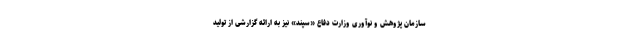
سازمان پژوهش و نوآوری وزارت دفاع «سپند» نیز به ارائه گزارشی از تولید